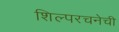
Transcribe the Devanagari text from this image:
शिल्परचनेची